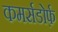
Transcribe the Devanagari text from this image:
कमर्सडोर्फ़